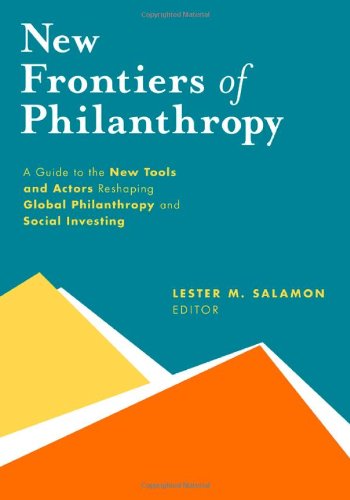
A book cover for New Frontiers of Philanthropy: A Guide to the New Tools and New Actors that Are Reshaping Global Philanthropy and Social Investing; Lester M. Salamon; Politics & Social Sciences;